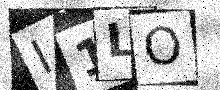
Text: I1LO